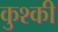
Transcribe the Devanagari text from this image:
कुश्की